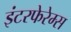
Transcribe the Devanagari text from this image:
इंटरफेरेम्स